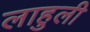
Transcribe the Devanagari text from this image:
लाहुली